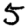
Digit: 5